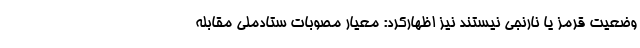
وضعیت قرمز یا نارنجی نیستند نیز اظهارکرد: معیار مصوبات ستادملی مقابله